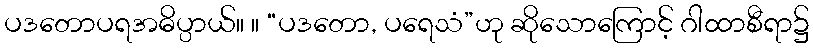
ပဒတောပရအဓိပ္ပာယ်။ ။ “ပဒတော, ပရေသံ”ဟု ဆိုသောကြောင့် ဂါထာစီရာ၌